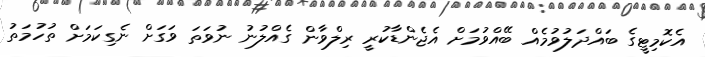
އެކޮމިޓީގެ ބައްދަލުވުމެއް ބޭއްވުމަށް އެޖެންޑާކުރީ ރިލްވާން ގެއްލުނު ނުވަތަ ވަގަށް ނެގިކަމަށް ތުހުމަތު